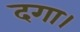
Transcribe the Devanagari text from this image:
दगा।